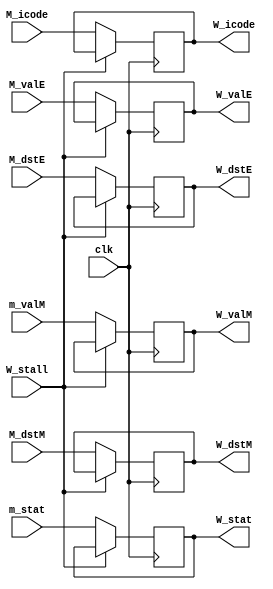
module reg_W(clk,W_stat,W_icode,W_valE,W_valM,W_dstE,W_dstM,m_stat,M_icode,M_valE,m_valM,M_dstE,M_dstM,W_stall);

input clk;
input [1:0] m_stat;
input [3:0] M_icode,M_dstM,M_dstE;
input signed [63:0] M_valE,m_valM;
output reg [1:0] W_stat=0;
output reg [3:0] W_icode,W_dstM,W_dstE;
output reg signed [63:0] W_valE,W_valM;
input W_stall;

always @(posedge clk) begin
    if(!W_stall)begin
    W_stat<=m_stat;
    W_icode<=M_icode;
    W_valE<=M_valE;
    W_valM<=m_valM;
    W_dstE<=M_dstE;
    W_dstM<=M_dstM;
    end
end

endmodule